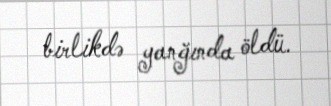
birlikdə yanğında öldü.